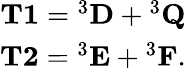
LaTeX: \begin{array}{r}{\mathbf{T1}={}^{3}\mathbf{D}+{}^{3}\mathbf{Q}}\\ {\mathbf{T2}={}^{3}\mathbf{E}+{}^{3}\mathbf{F}.}\end{array}